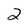
Character: 2